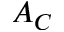
A _ { C }